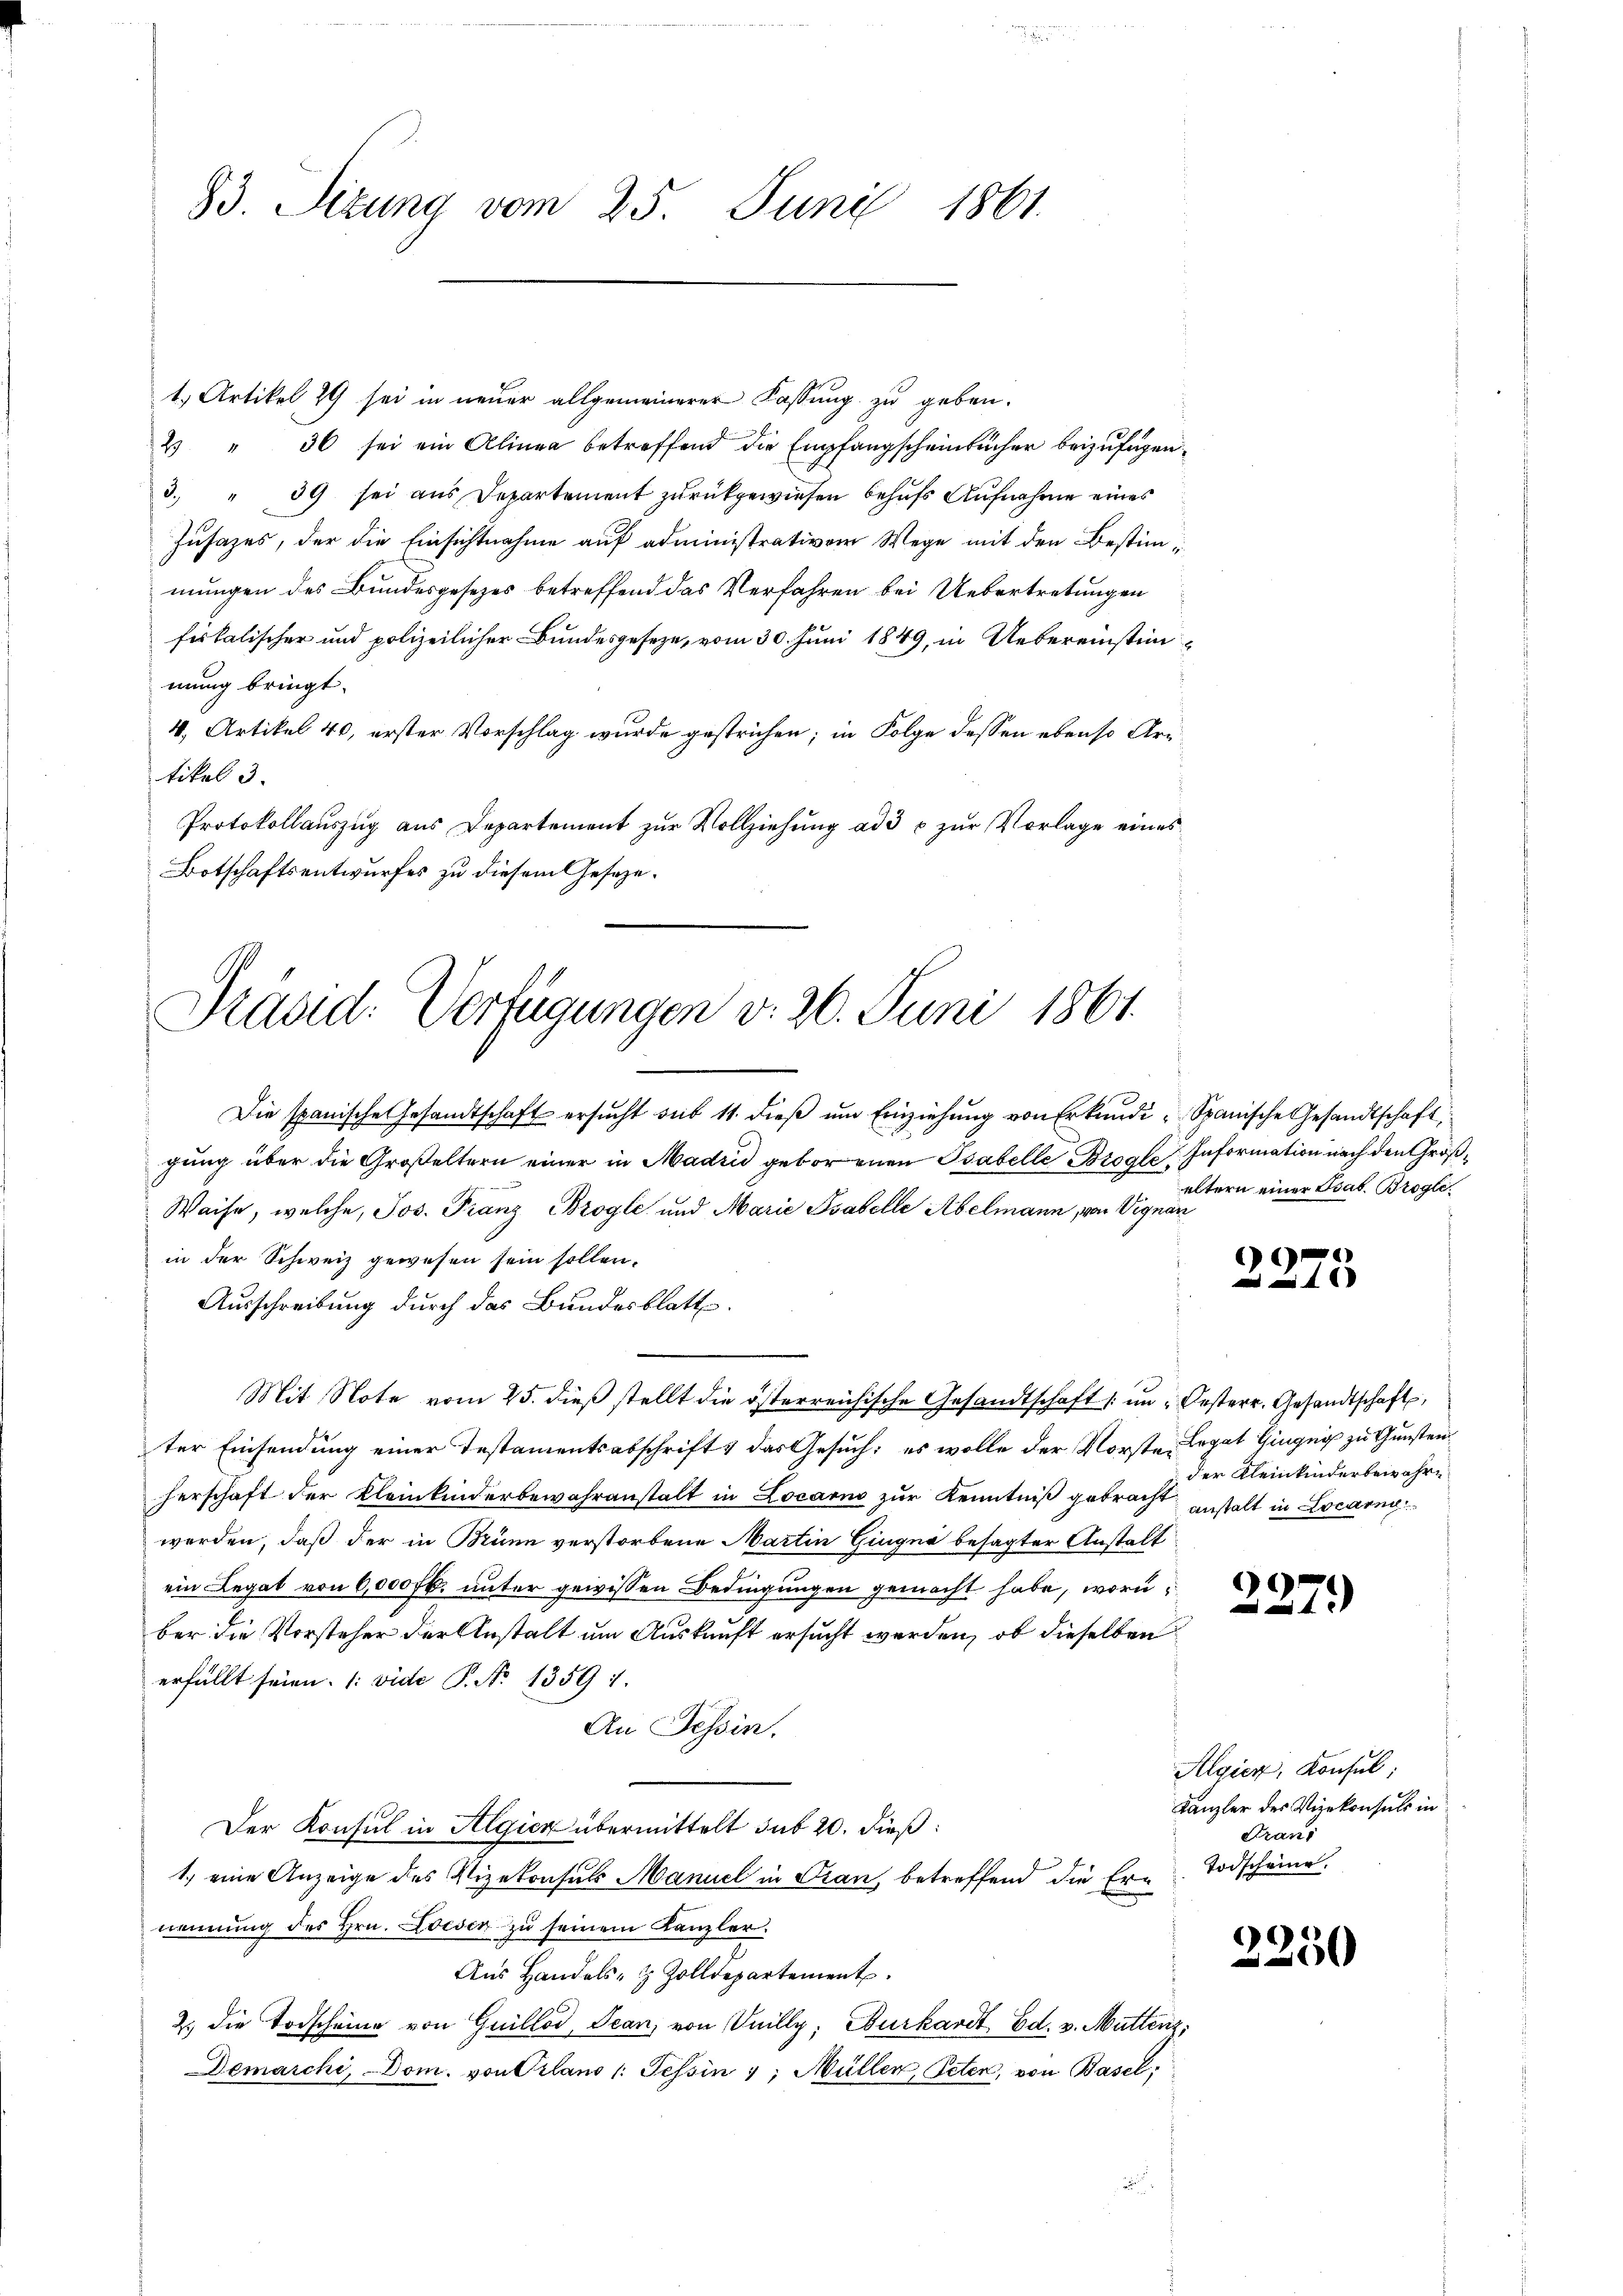
83. Sizung vom 25. Juni 1861.

1., Artikel 29 sei in neuer allgemeinerer Fassung zu geben.
2 " 36 sei ein Alinea betreffend die Empfangscheinbücher beizufügen.
3. " 39 sei aus Departement zurückgewiesen behufs Aufnahme eines
Jusazes, der die Einsichtnahme auf administrative Wege mit den Bestimmungen des Bundesgesezes betreffend das Verfahren bei Uebertretungen
fiskalischer und polizeilicher Bundesgeseze, vom 30. Juni 1849, in Uebereinstimmung bringt.
4, Artikel 40, erster Vorschlag wurde gestrichen; in Folge dessen ebenso Ar
tikel 3.
Protokollauszug aus Departement zur Vollziehung ad 3 c zur Vorlage eines
Botschaftsentwurfes zu diesem Geseze¬

Präsid. Verfügungen v. 26. Juni 1861.

Die spanische Gesandtschaft ersŭcht sub 11. dieβ ŭm Einziehung von Erkundi, Spanische Gesandtschaft,
gung über die Großeltern einer in Madri geborenen Tabelle Brogle Information nach den Größ¬
Weise, welche, Jos. Franz Brogle und Marie Psabelle Abelmann, von Vignan
in der Schweiz gewesen sein sollen.
Ausschreibung durch das Bundesblatt.
Mit Note vom 25. dieß stellt die österreichische Gesandtschaft in Oesterr. Gesandtschaft
ter Einsendung einer Testamentsabschrift & das Gesuch; es wolle der Vorste Legat Gingig zu Gunstenherschaft der Kleinkinderbewahranstalt in Locarno zur Kenntniß gebracht
worden, daß der in Brünn verstorbene Martin Gingna besagter Anstalt
ein Legat von 6,000 fl. unter gewissen Bedingungen gemacht habe, worüber die Vorsteher der Anstalt um Auskunft ersucht werden, ob dieselben
erfüllt seien. (: vide P. No 13591.
An Tessin.
Der Konsul in Algien übermittelt sub 20. dieß:
1.) eine Anzeige des Vizekonsuls Manuel in Tran, betreffend die Ernennung des Hrn. Lesen zŭ seinem Kanzler.
Aus Handels- & Zolldepartement
2. die Todscheine von Guillod, Jean, von Knilly, Burkardt, Ed. v. Müttenz,
Demarchi, - Dom. von Pilano /: Tessin v. Müller, Peten, von Basel,

eltern einer Bsab. Brogle

d

der Kleinkinderbewahre
anstalt in Locarn

227)

Algien, Konsul
Kanzler des Vizekonsuls in
Trans
Todscheine.

2
0